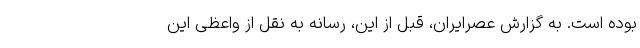
بوده است. به گزارش عصرایران، قبل از این، رسانه به نقل از واعظی این